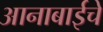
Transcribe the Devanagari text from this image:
आनाबाईचे